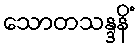
သောတသန္ဒနိံ